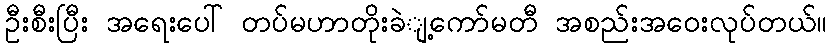
ဦးစီးပြီး အရေးပေါ် တပ်မဟာတိုးခဲျ့ကော်မတီ အစည်းအဝေးလုပ်တယ်။